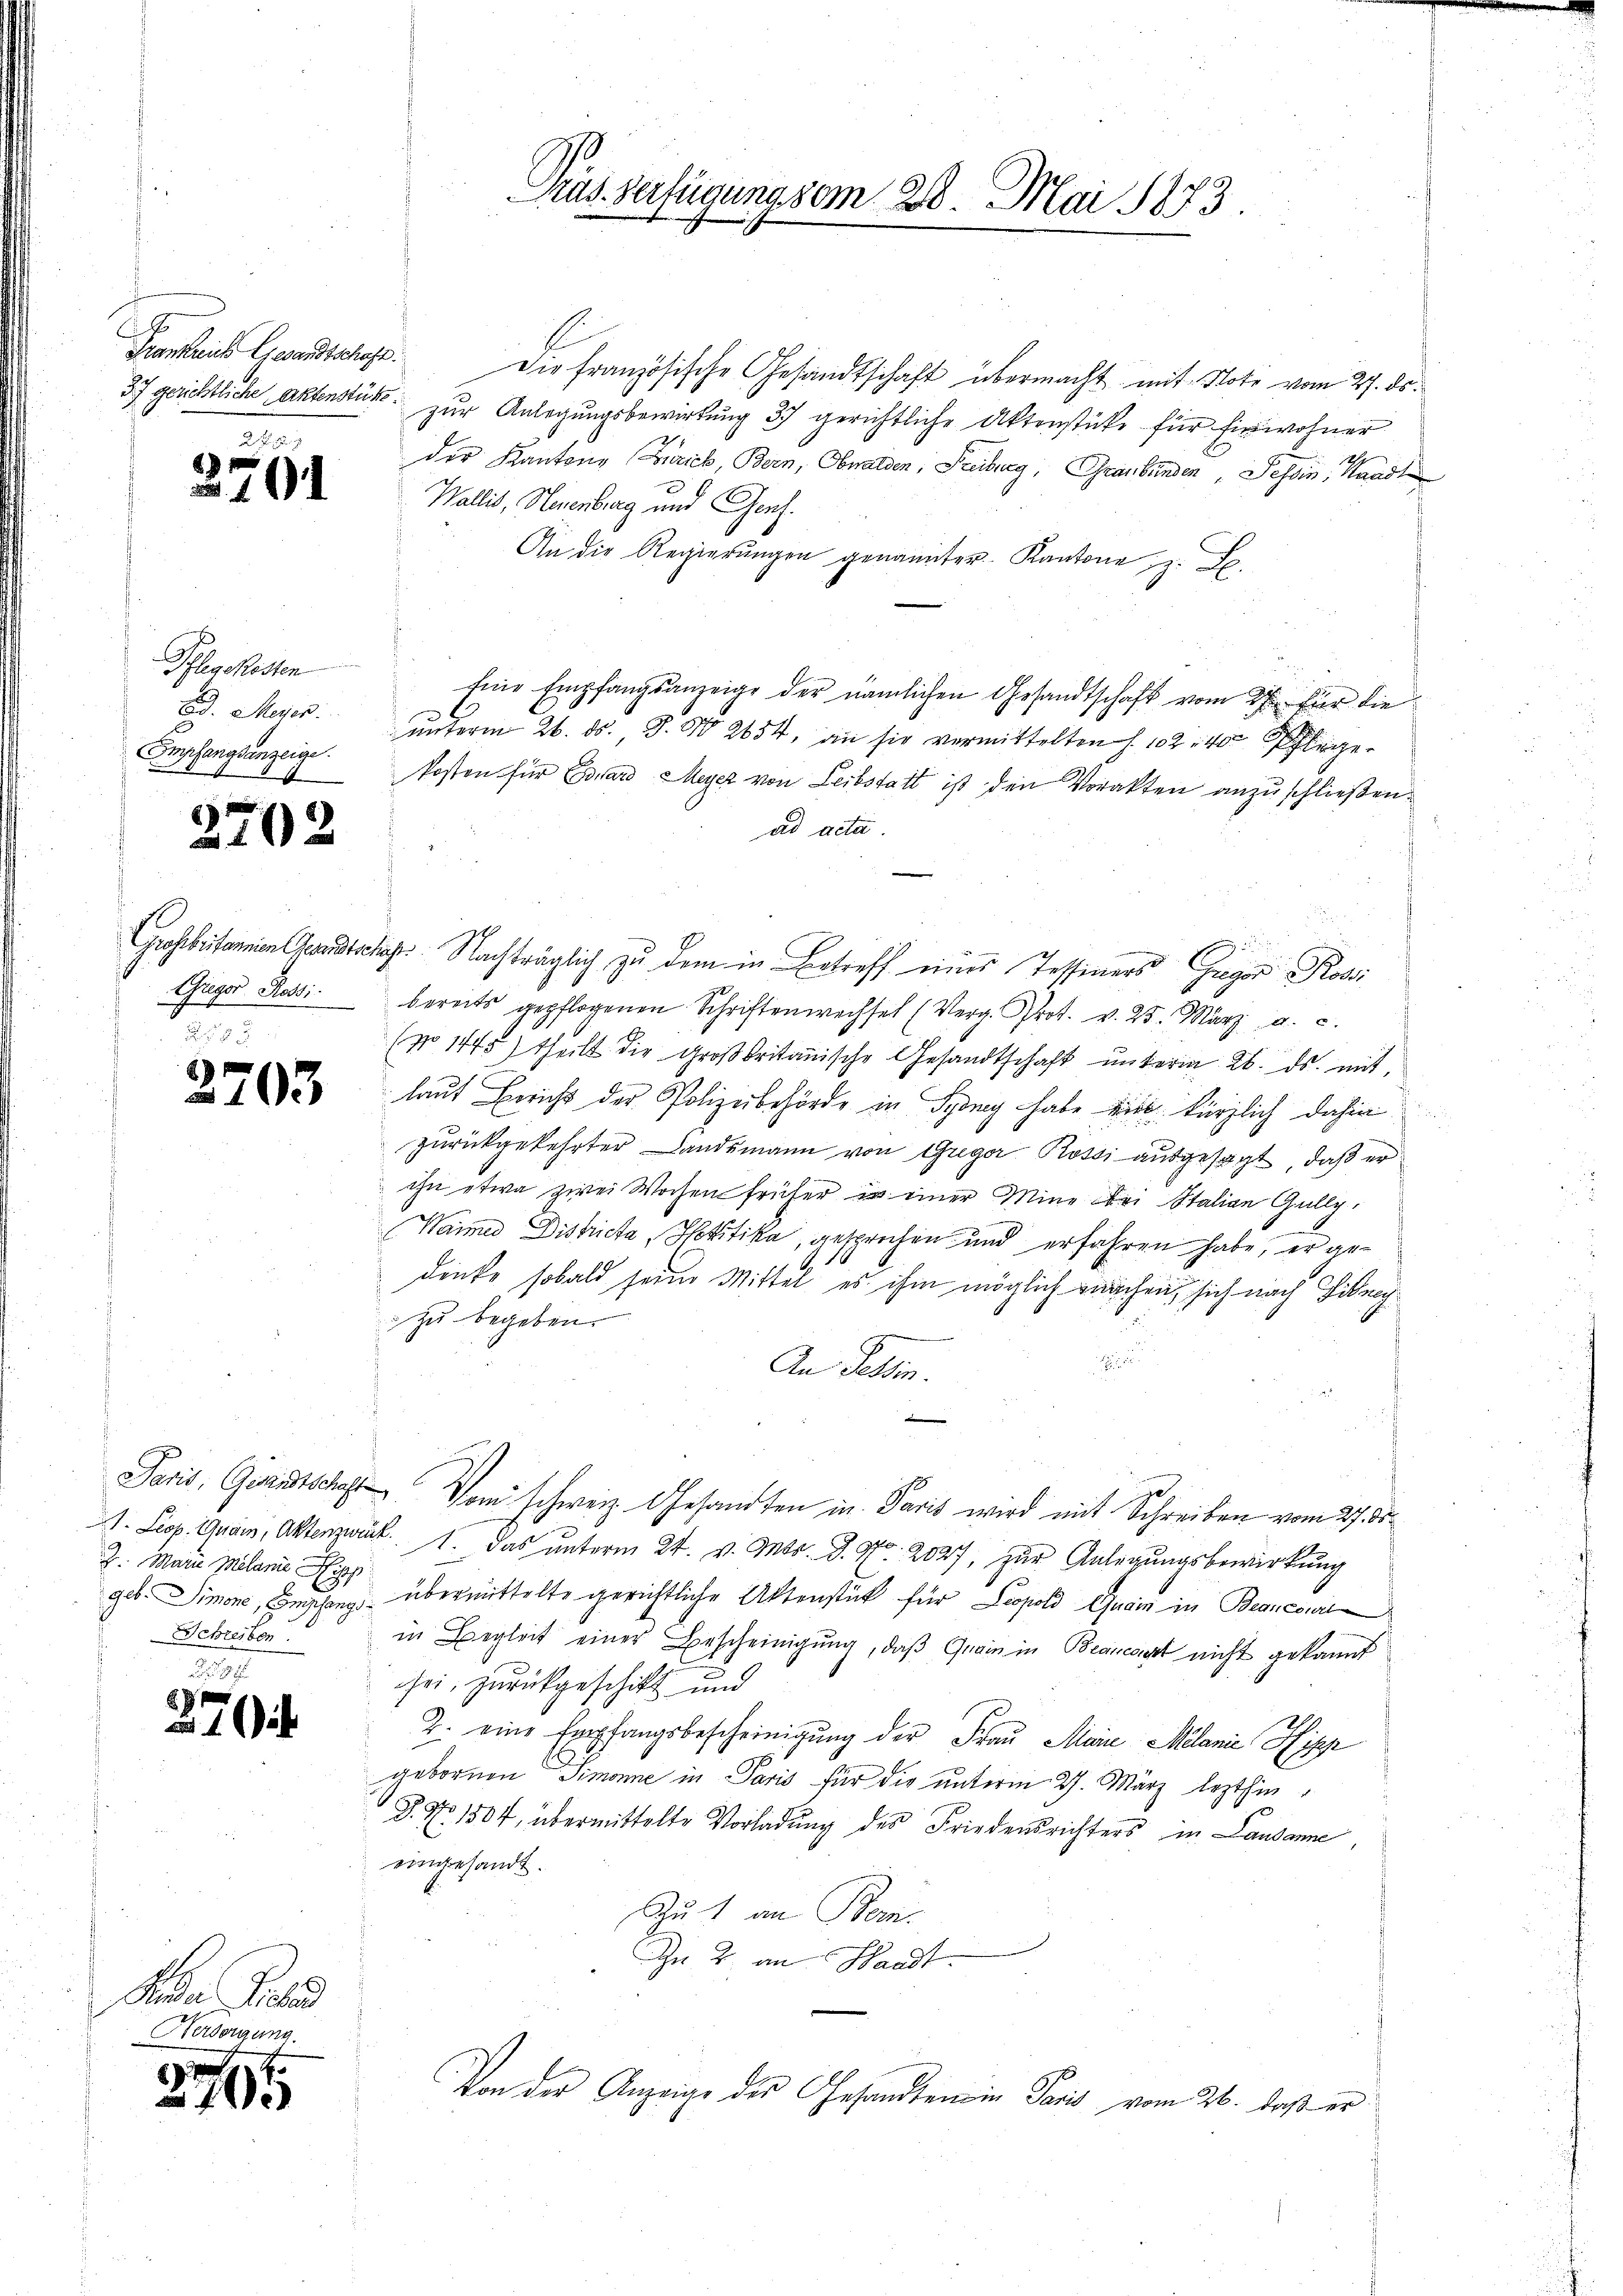
Frankreich Gesandtschaft.

Pflegekosten
E. Meyer.
Empfangsanzeige
1

2

d

d z. B.
2701

3

1202

Gregor Rossi

8
103

Z. Marie Melanie i
Schreiben.

.

un Pla
Hersorgung.

765

Pras-Verfügung vom 28. Mai 1873

s
Die französische Gesandtschaft übermacht mit Note vom 27. ds.
37 gerichtliche Aktenstück zur Anlegungsbewirkung 37 gerichtliche Aktenstücke für Einwohner
der Kantons Zürich, Bern, Obwalden, Freiburg, Graubünden, Tessin, Handl
Wallis, Neuenburg und Genf.
An die Regierungen genannter Kantone, z. B.
Eine Empfangsanzeige der nämlichen Gesandtschaft vom 27ten für die
ŭnterm 26. ds. J. No 2654, an sie vermittelten §. 102. 40 Pflege-
kosten für Card Meyer von Leibstatt ist den Vorakten anzuschließen.
ad acta
Großbritannien Gesandtsches Nachträglich zu dem in Betreff einer Tessiners Gregor Rosi
bereits gepflogenen Schriften wechsel (Verg. Prot. v. 25. März a. c.
(No 1475) theilt die Großbritanische Gesandtschaft unterm 26. ds. mit
laut Bericht der Polizeibehörde in Sydney habe die kürzlich dahin
zurückgekehrter Landsmann von Giger Rossi ausgesagt, daß er
ihn etwa zwei Wochenfrüher in einer Mine bei Stalian Gally,
Waimer Districta, Heritika, gesprochen und erfahren habe, er gedenke sobald seine Mittel es ihm möglich verschen, sich nach Gibrachzu begeben.
e
An Tessin.
Paris, Gutsche Vom schweiz. Gesandten in Paris wird mit Schreiben vom 27. ds.
1. Leop. Quain, Aktenzweck 1. Das unterm 24. v. Mts. d. No. 2027, zur Anlegungsbewirkung
geb. Simone, Empfang übermittelte gerichtliche Aktenstück für Leopold Grein in Branewit
in Begleit einer Bescheinigŭng, daβ Grain in Beanconst nicht gekannt
sei, zurückgeschickt und
2. eine Empfangsbescheinigung der Frau Marie Melanie Hipp
gebornen Simonne in Paris für die unterm 27. März lezthin¬
Z. No 1304, übermittelte Vorladung des Friedensrichters in Landamne,
eingesandt.
Zu 1 an Bom
Zn 2. an Handt.
Von der Anzeige der Gesandten in Paris vom 26. daß er